On a parasite found in the white corpuscles of the blood of dogs - Number 14
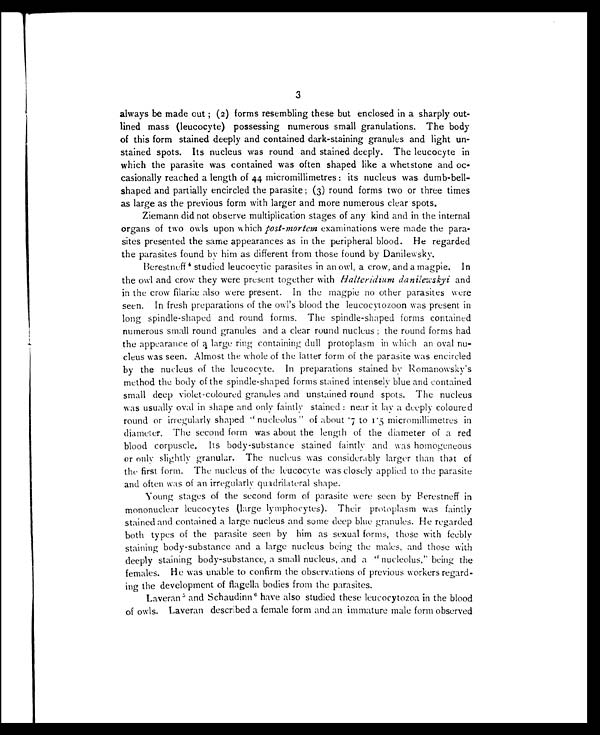
3
always be made out ; (2) forms resembling these but enclosed in a sharply out-
lined mass (leucocyte) possessing numerous small granulations. The body
of this form stained deeply and contained dark-staining granules and light un-
stained spots. Its nucleus was round and stained deeply. The leucocyte in
which the parasite was contained was often shaped like a whetstone and oc-
casionally reached a length of 44 micromillimetres: its nucleus was dumb-bell-
shaped and partially encircled the parasite; (3) round forms two or three times
as large as the previous form with larger and more numerous clear spots.
Ziemann did not observe multiplication stages of any kind and in the internal
organs of two owls upon which post-mortem examinations were made the para-
sites presented the same appearances as in the peripheral blood. He regarded
the parasites found by him as different from those found by Danilewsky.
Berestneff 4 studied leucocytic parasites in an owl, a crow, and a magpie. In
the owl and crow they were present together with Halteridium danilewskyi and
in the crow filariæ also were present. In the magpie no other parasites were
seen. In fresh preparations of the owl's blood the leucocytozoon was present in
long spindle-shaped and round forms. The spindle-shaped forms contained
numerous small round granules and a clear round nucleus ; the round forms had
the appearance of a large ring containing dull protoplasm in which an oval nu-
cleus was seen. Almost the whole of the latter form of the parasite was encircled
by the nucleus of the leucocyte. In preparations stained by Romanowsky's
method the body of the spindle-shaped forms stained intensely blue and contained
small deep violet-coloured granules and unstained round spots. The nucleus
was usually oval in shape and only faintly stained : near it lay a deeply coloured
round or irregularly shaped "nucleolus" of about .7 to 1.5 micromillimetres in
diameter. The second form was about the length of the diameter of a red
blood corpuscle. Its body-substance stained faintly and was homogeneous
or only slightly granular. The nucleus was considerably larger than that of
the first form. The nucleus of the leucocyte was closely applied to the parasite
and often was of an irregularly quadrilateral shape.
Young stages of the second form of parasite were seen by Berestneff in
mononuclear leucocytes (large lymphocytes). Their protoplasm was faintly
stained and contained a large nucleus and some deep blue granules. He regarded
both types of the parasite seen by him as sexual forms, those with feebly
staining body-substance and a large nucleus being the males, and those with
deeply staining body-substance, a small nucleus, and a "nucleolus," being the
females. He was unable to confirm the observations of previous workers regard-
ing the development of flagella bodies from the parasites.
Laveran5 and Schaudinn 6 have also studied these leucocytozoa in the blood
of owls. Laveran described a female form and an immature male form observed